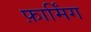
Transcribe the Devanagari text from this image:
फ़ार्मिंग